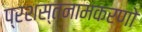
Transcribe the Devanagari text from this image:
प्रशस्तनामकरणो